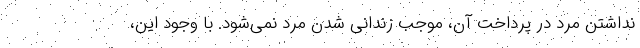
نداشتن مرد در پرداخت آن، موجب زندانی شدن مرد نمی‌شود. با وجود این،